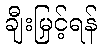
ချီးမြှင့်ရန်